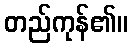
တည်ကုန်၏။